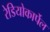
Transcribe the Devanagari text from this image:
रेडियोकार्पेल